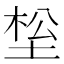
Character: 𰉹